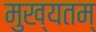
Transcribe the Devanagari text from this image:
मुख्यतम्